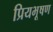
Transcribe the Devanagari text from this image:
प्रियभूषण